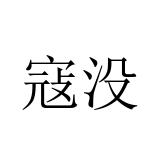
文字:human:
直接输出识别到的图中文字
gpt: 寇没